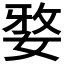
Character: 𭒀